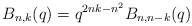
LaTeX: \begin{align*} B_{n,k}(q) = q^{2nk-n^2}B_{n,n-k}(q)\end{align*}